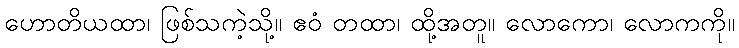
ဟောတိယထာ၊ ဖြစ်သကဲ့သို့။ ဧဝံ တထာ၊ ထို့အတူ။ လောကော၊ လောကကို။